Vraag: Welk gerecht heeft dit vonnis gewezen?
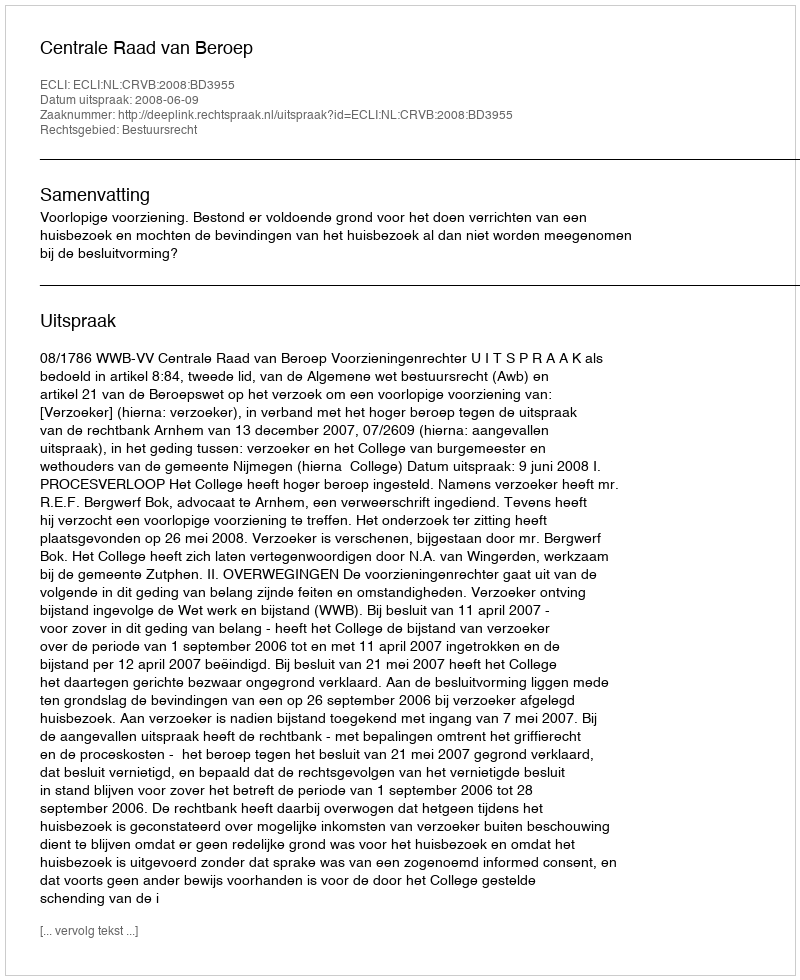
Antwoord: Centrale Raad van Beroep